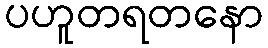
ပဟူတရတနော